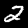
Label: 2